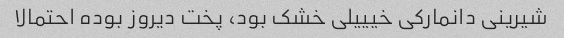
شیرینی دانمارکی خیییلی خشک بود، پخت دیروز بوده احتمالا